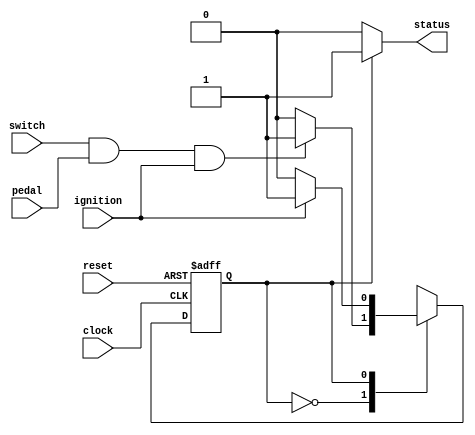
//------------------------------------------------------------
//
//
//                      FUEL PUMP DRIVER
//
//      github: @santosantonio1, @NathanCidal
//      version: 26/06/2024
//
//------------------------------------------------------------

`define OFF 0
`define ON 1

module fuel_pump(
    input clock, reset, ignition, switch, pedal,
    output status
);

reg EA, PE;

//-----------------------------------------
//           STATE TRANSITION
//-----------------------------------------
always @(posedge clock, posedge reset) 
begin
    if(reset) begin
        EA <= `OFF;
    end else begin
        EA <= PE;
    end
end

//-------------------------------------------------------------
//                      FSM DEFINITION
//-------------------------------------------------------------
always @* 
begin
    case(EA)
        `OFF:
            if(switch && pedal && ignition)     PE <= `ON;
            else            PE <= `OFF;
        
        `ON:
            if(!ignition)   PE <= `OFF;
            else            PE <= `ON;
    endcase    
end

assign status = (EA == `ON) ? 1 : 0;

endmodule